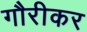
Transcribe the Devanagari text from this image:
गौरीकर